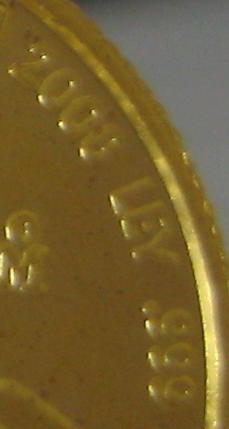
2008 LEY 999